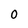
Character: 0